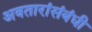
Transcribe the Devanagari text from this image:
अवतारांसंबंधी